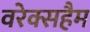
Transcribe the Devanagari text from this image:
वरेक्सहैम